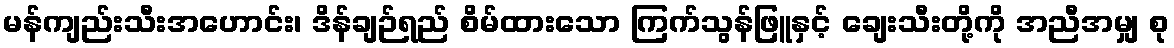
မန်ကျည်းသီးအဟောင်း၊ ဒိန်ချဉ်ရည် စိမ်ထားသော ကြက်သွန်ဖြူနှင့် ချေးသီးတို့ကို အညီအမျှ စု